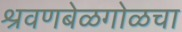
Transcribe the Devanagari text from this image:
श्रवणबेळगोळचा